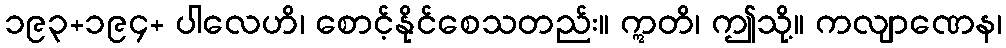
၁၉၃+၁၉၄+ ပါလေဟိ၊ စောင့်နိုင်စေသတည်း။ ဣတိ၊ ဤသို့။ ကလျာဏေန၊